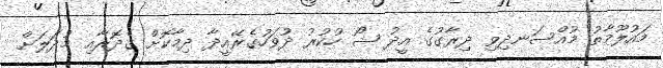
މައުލޫމާތު މުއްސަނދިވި ދިރާގުގެ އީދު ޝޯ ހުކުރު ދުވަހުގެރޭއީދާ ދިމާކޮށް ގެދޮރާއި މުދަލަށް